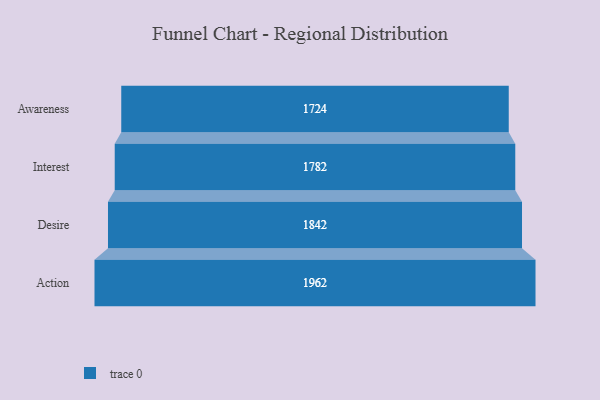
{"axis": {"x": "Stage", "y": "Value"}, "legend": [""], "data": [{"x": "Awareness", "y": 1724.0, "type": ""}, {"x": "Interest", "y": 1782.0, "type": ""}, {"x": "Desire", "y": 1842.0, "type": ""}, {"x": "Action", "y": 1962.0, "type": ""}]}